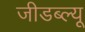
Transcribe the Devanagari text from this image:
जीडब्ल्यू